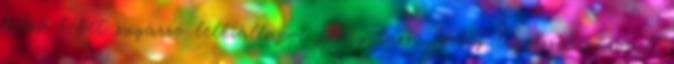
belső békét sugárzó lelkiállapot pedig lassú, mély légzéssel párosul.